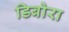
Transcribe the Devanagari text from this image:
डिबोरा